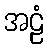
အဠံ